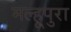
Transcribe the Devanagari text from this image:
मल्हूपुरा